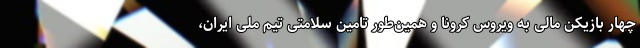
چهار بازیکن مالی به ویروس کرونا و همین‌طور تامین سلامتی تیم ملی ایران،